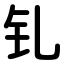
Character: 钆